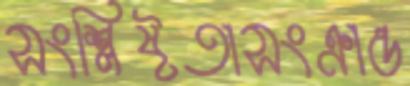
সংশ্লিষ্টতাসংক্রান্ত